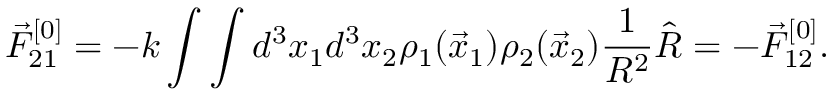
\vec { F } _ { 2 1 } ^ { [ 0 ] } = - k \int \int d ^ { 3 } x _ { 1 } d ^ { 3 } x _ { 2 } \rho _ { 1 } ( \vec { x } _ { 1 } ) \rho _ { 2 } ( \vec { x } _ { 2 } ) \frac { 1 } { R ^ { 2 } } \hat { R } = - \vec { F } _ { 1 2 } ^ { [ 0 ] } .